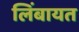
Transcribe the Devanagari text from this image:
लिंबायत